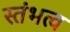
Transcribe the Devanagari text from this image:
स्तंभत्व